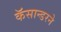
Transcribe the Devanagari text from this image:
कॅसान्डरने